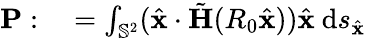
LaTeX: \begin{array}{rl}{\mathbf{P}:}&{{}=\int_{\mathbb{S}^{2}}(\hat{\mathbf{x}}\cdot\tilde{\mathbf H}(R_{0}\hat{\mathbf{x}}))\hat{\mathbf{x}}~\mathrm{d}s_{\hat{\mathbf{x}}}}\end{array}